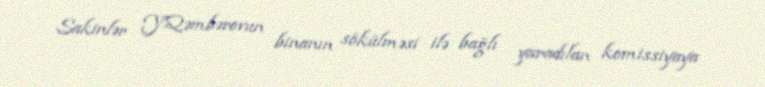
Sakinlər Y.Qəmbərovun binanın sökülməsi ilə bağlı yaradılan komissiyaya